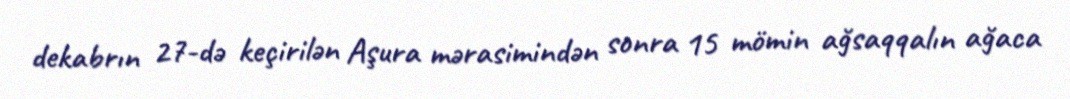
dekabrın 27-də keçirilən Aşura mərasimindən sonra 15 mömin ağsaqqalın ağaca